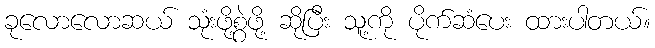
ခုလောလောဆယ် သုံးဖို့စွဲဖို့ ဆိုပြီး သူ့ကို ပိုက်ဆံပေး ထားပါတယ်။